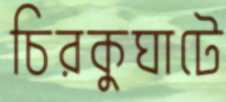
চিরকুঘাটে